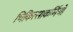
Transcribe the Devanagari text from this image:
चिकित्साकर्मियों